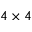
4 \times 4